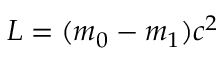
L = ( m _ { 0 } - m _ { 1 } ) c ^ { 2 }